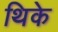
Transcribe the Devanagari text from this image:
थिके